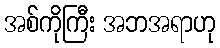
အစ်ကိုကြီး အဘအရာဟု